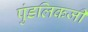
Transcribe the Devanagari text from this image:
पुंडलिकजी